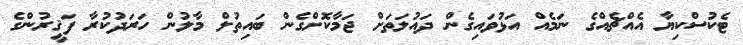
ޓެކުސްކިޔާ އެއްޗެއްގެ ނަމެއް އަޅުވައިގެން ދައުލަތަށް ޖަމާކޮށްގެން ބައިތުލް މާލުން ހަރަދުކުރާ ފަޤީރުންގެ